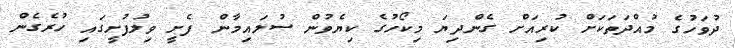
ދުވަހުގެ މުއްދަތަކަށް ކުރިއަށް ގެންދިޔަ މިކޯހުގެ ކިޔެވުން ސުލައިމާން ފެށީ ވިލުފުށީގައި ހުރެގެން